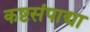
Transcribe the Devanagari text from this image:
कष्टसंपाद्या